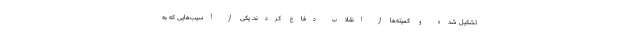
تشکیل شده و کمیته‌ها از انقلاب دفاع کردند. یکی از آسیب‌هایی که به